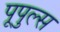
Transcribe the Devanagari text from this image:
पूपुल्स